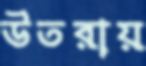
উতরায়